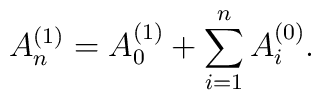
A_n^{(1)}=A_0^{(1)}+\sum_{i=1}^n A^{(0)}_i .